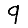
Digit: 9